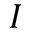
\boldsymbol { I }